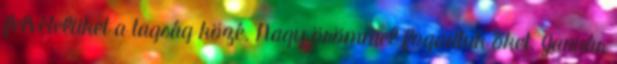
felvételüket a tagság közé. Nagy örömmel fogadtuk őket. Január